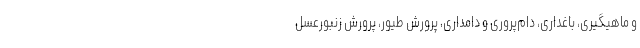
و ماهیگیری، باغداری، دام‌پروری و دامداری، پرورش طیور، پرورش زنبورعسل